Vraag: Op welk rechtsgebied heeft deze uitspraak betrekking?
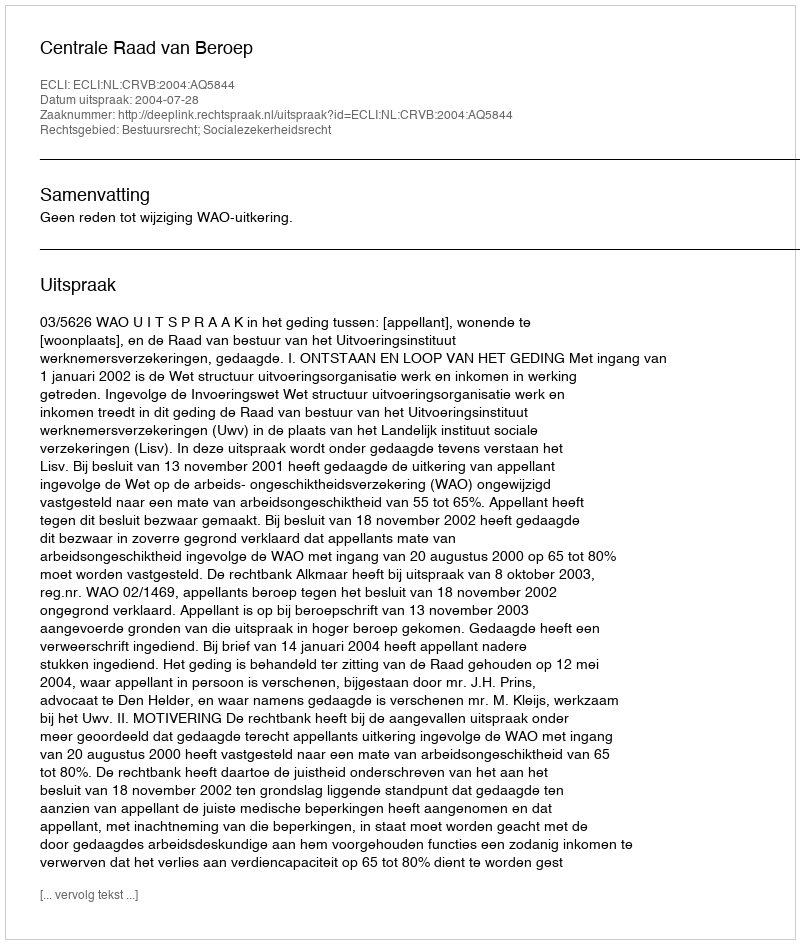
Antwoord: Bestuursrecht; Socialezekerheidsrecht